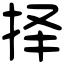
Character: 择